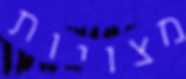
מצויות